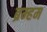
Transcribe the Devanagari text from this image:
ब्रम्हम